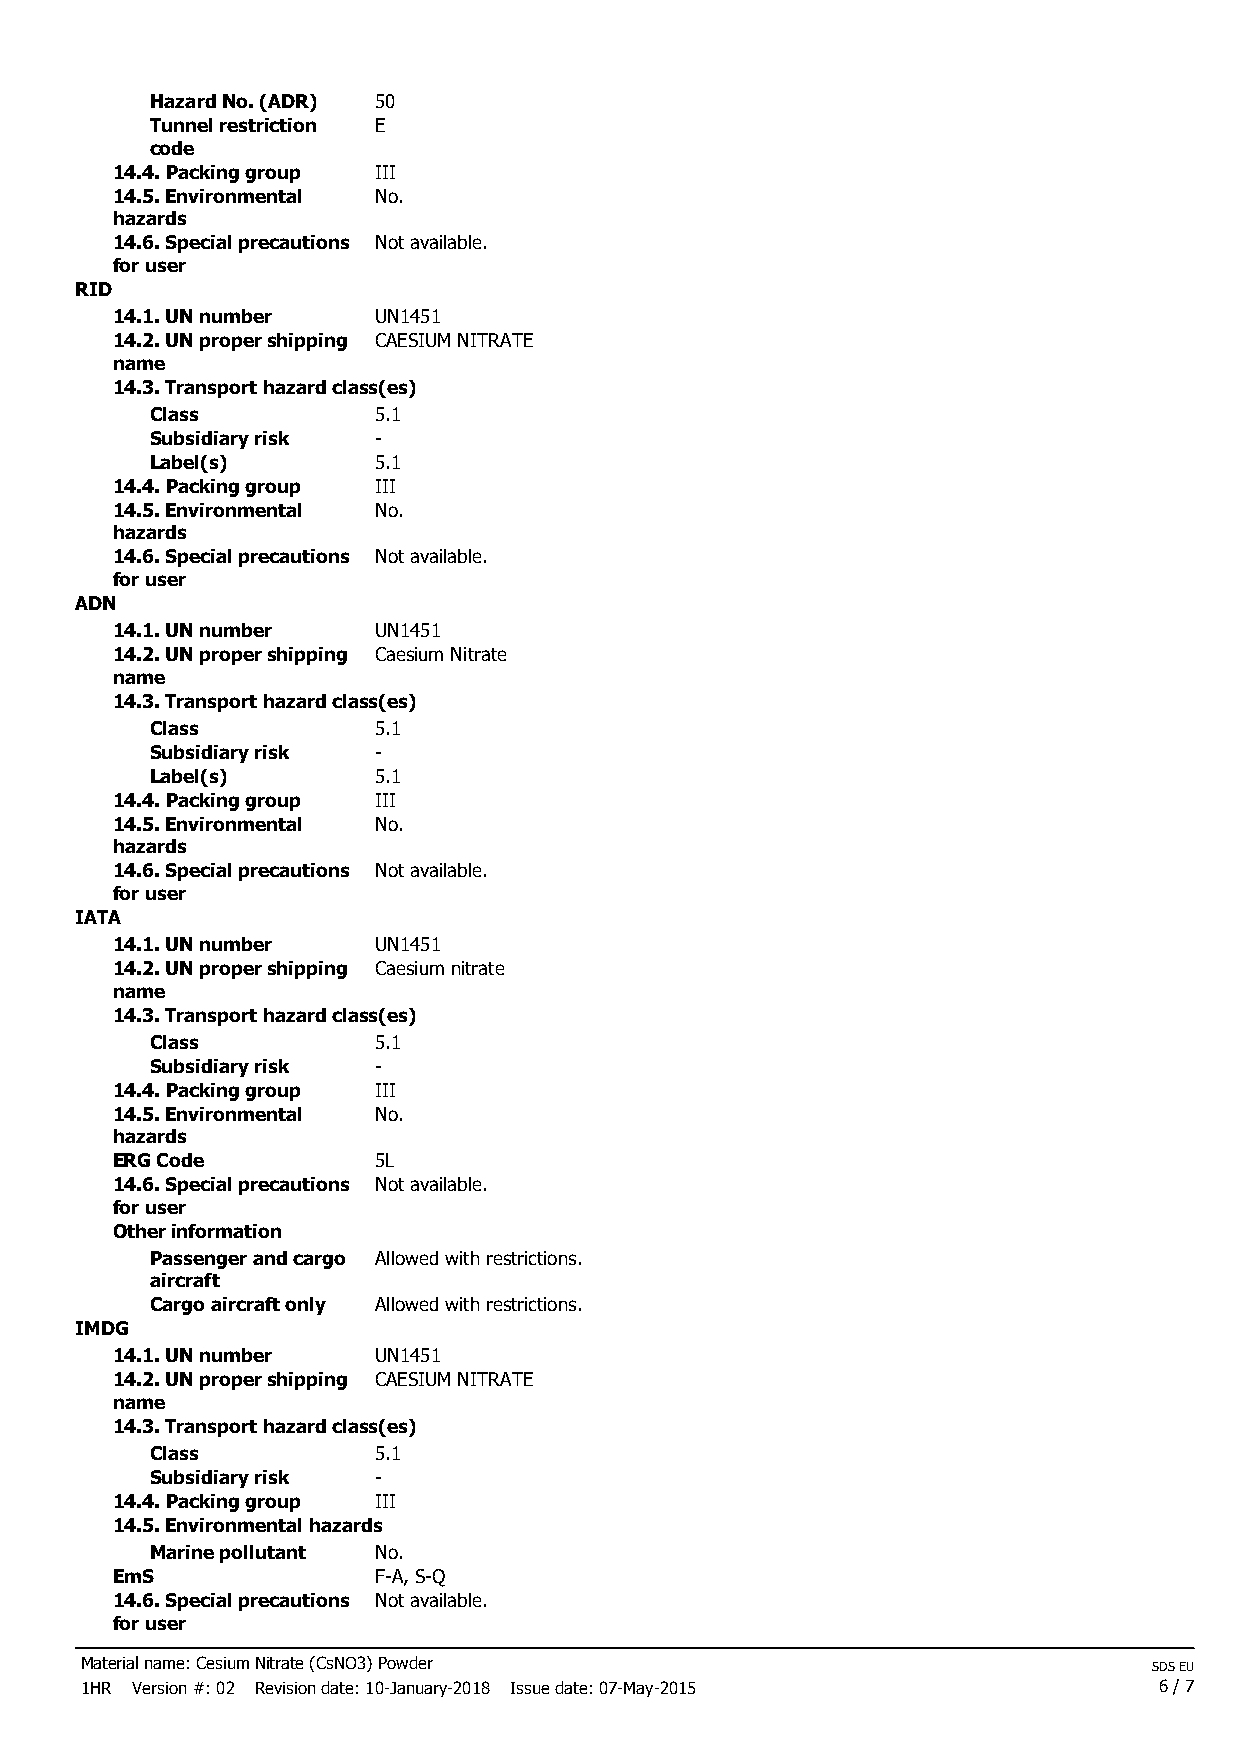
Hazard No. (ADR) 50
 Tunnel restriction E
 code
 14.4. Packing group III
 14.5. Environmental No.
 hazards
 14.6. Special precautions Not available.
 for user
 RID
 14.1. UN number   UN1451
 14.2. UN proper shipping CAESIUM NITRATE
 name
 14.3. Transport hazard class(es)
 Class          5.1
 Subsidiary risk -
 Label(s)       5.1
 14.4. Packing group III
 14.5. Environmental No.
 hazards
 14.6. Special precautions Not available.
 for user
 ADN
 14.1. UN number   UN1451
 14.2. UN proper shipping Caesium Nitrate
 name
 14.3. Transport hazard class(es)
 Class          5.1
 Subsidiary risk -
 Label(s)       5.1
 14.4. Packing group III
 14.5. Environmental No.
 hazards
 14.6. Special precautions Not available.
 for user
 IATA
 14.1. UN number   UN1451
 14.2. UN proper shipping Caesium nitrate
 name
 14.3. Transport hazard class(es)
 Class          5.1
 Subsidiary risk -
 14.4. Packing group III
 14.5. Environmental No.
 hazards
 ERG Code          5L
 14.6. Special precautions Not available.
 for user
 Other information
 Passenger and cargo Allowed with restrictions.
 aircraft
 Cargo aircraft only Allowed with restrictions.
 IMDG
 14.1. UN number   UN1451
 14.2. UN proper shipping CAESIUM NITRATE
 name
 14.3. Transport hazard class(es)
 Class          5.1
 Subsidiary risk -
 14.4. Packing group III
 14.5. Environmental hazards
 Marine pollutant No.
 EmS               F-A, S-Q
 14.6. Special precautions Not available.
 for user
 Material name: Cesium Nitrate (CsNO3) Powder                           SDS EU
 1HR Version #: 02 Revision date: 10-January-2018 Issue date: 07-May-2015 6 / 7